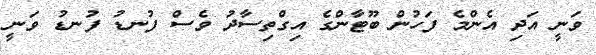
ވަނީ އަދި އެންމެ ފަހުން ބޫޓާންގެ އިގްތިސާދު ވެސް ފުނޑު ފުނޑު ވަނީ